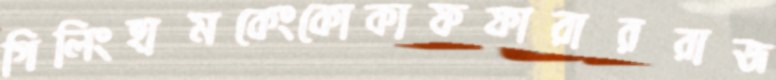
গিলিংহামকেংকোকাফফারাররাজ